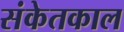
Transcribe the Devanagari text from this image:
संकेतकाल